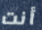
أنت